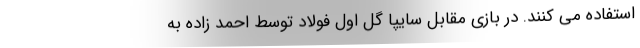
استفاده می کنند. در بازی مقابل سایپا گل اول فولاد توسط احمد زاده به